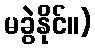
မခွဲနိုင်။)